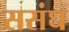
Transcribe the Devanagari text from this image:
ससंघ